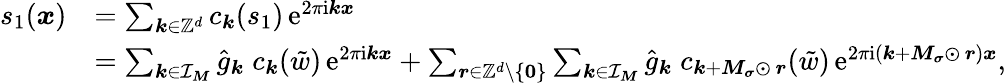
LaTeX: \begin{array}{rl}{s_{1}(\boldsymbol x)}&{=\sum_{\boldsymbol k\in\mathbb Z^{d}}c_{\boldsymbol k}(s_{1})\, \mathrm e^{2\pi\mathrm i\boldsymbol k\boldsymbol x}}\\ &{=\sum_{\boldsymbol k\in\mathcal I_{\boldsymbol M}}\hat{g}_{\boldsymbol k}\; c_{\boldsymbol k}(\tilde{w})\, \mathrm e^{2\pi\mathrm i\boldsymbol k\boldsymbol x}+\sum_{\boldsymbol r\in\mathbb Z^{d}\setminus\{ \boldsymbol 0\} }\sum_{\boldsymbol k\in\mathcal I_{\boldsymbol M}}\hat{g}_{\boldsymbol k}\; c_{\boldsymbol k+\boldsymbol M_{\boldsymbol\sigma}\odot\, \boldsymbol r}(\tilde{w})\, \mathrm e^{2\pi\mathrm i(\boldsymbol k+\boldsymbol M_{\boldsymbol\sigma}\odot\, \boldsymbol r)\boldsymbol x},}\end{array}